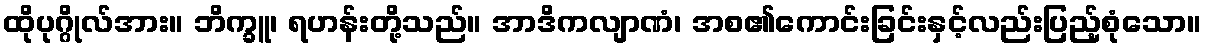
ထိုပုဂ္ဂိုလ်အား။ ဘိက္ခူ၊ ရဟန်းတို့သည်။ အာဒိကလျာဏံ၊ အစ၏ကောင်းခြင်းနှင့်လည်းပြည့်စုံသော။